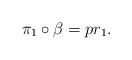
LaTeX: \begin{align*}\pi_1\circ \beta =pr_1.\end{align*}